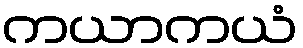
ကယာကယံ